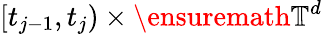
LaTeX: [t_{j-1},t_{j})\times\ensuremath{\mathbb{T}}^{d}